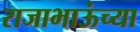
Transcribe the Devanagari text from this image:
राजाभाऊंच्या